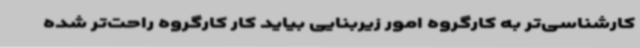
کارشناسی‌تر به کارگروه امور زیربنایی بیاید کار کارگروه راحت‌تر شده